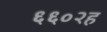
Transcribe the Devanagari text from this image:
६६०२ह